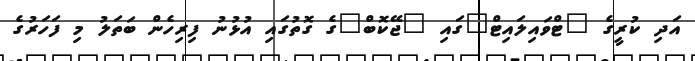
އަދި ކުރީގެ "ޓްވައިލައިޓް"ގައި "ޖޭކޮބް"ގެ ގޮތުގައި އުޅުނު ފިރިހެން ބަތަލު މި ފަހަރުގެ